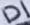
Text: D1